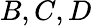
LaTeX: B,C,D